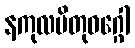
နကုလပိတုဝဂ္ဂေါ